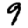
Digit: 9